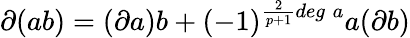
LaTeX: \partial(ab)=(\partial a)b+(-1)^{\frac{2}{p+1}deg\; a}a(\partial b)